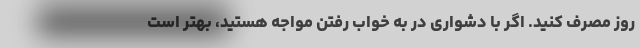
روز مصرف کنید. اگر با دشواری در به خواب رفتن مواجه هستید، بهتر است